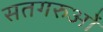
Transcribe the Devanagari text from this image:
सतगरुओं